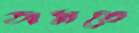
অমতে